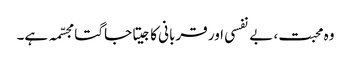
وہ محبت، بے نفسی اور قربانی کا جیتا جاگتا مجسّمہ ہے۔